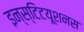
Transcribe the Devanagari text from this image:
इन्स्टिटयूशनस